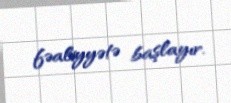
fəaliyyətə başlayır.